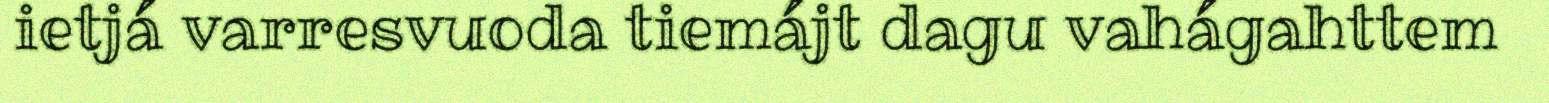
ietjá varresvuoda tiemájt dagu vahágahttem